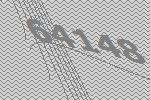
64148